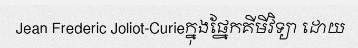
Jean Frederic Joliot-Curieក្នុងផ្នែកគីមីវិទ្យា ដោយ